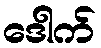
ဒေါက်